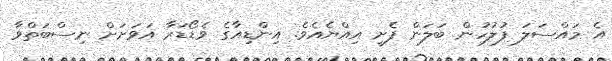
އެ މައްސަލަ ފުލުހުން ބަލަން ފެށީ އިއްޔެއެެވެ. އިންޑިއާގެ ވެޑޯޑަރާ އަވަށަށް ނިސްބަތްވާ